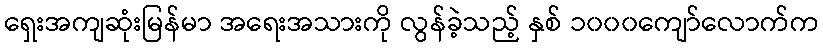
ရှေးအကျဆုံးမြန်မာ အရေးအသားကို လွန်ခဲ့သည့် နှစ် ၁၀၀၀ကျော်လောက်က